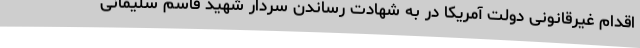
اقدام غیرقانونی دولت آمریکا در به شهادت رساندن سردار شهید قاسم سلیمانی